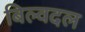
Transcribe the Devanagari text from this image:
बिल्वदल